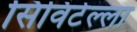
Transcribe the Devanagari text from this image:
सिविटेल्ला